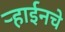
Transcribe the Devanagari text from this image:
ऱ्हाईनचे